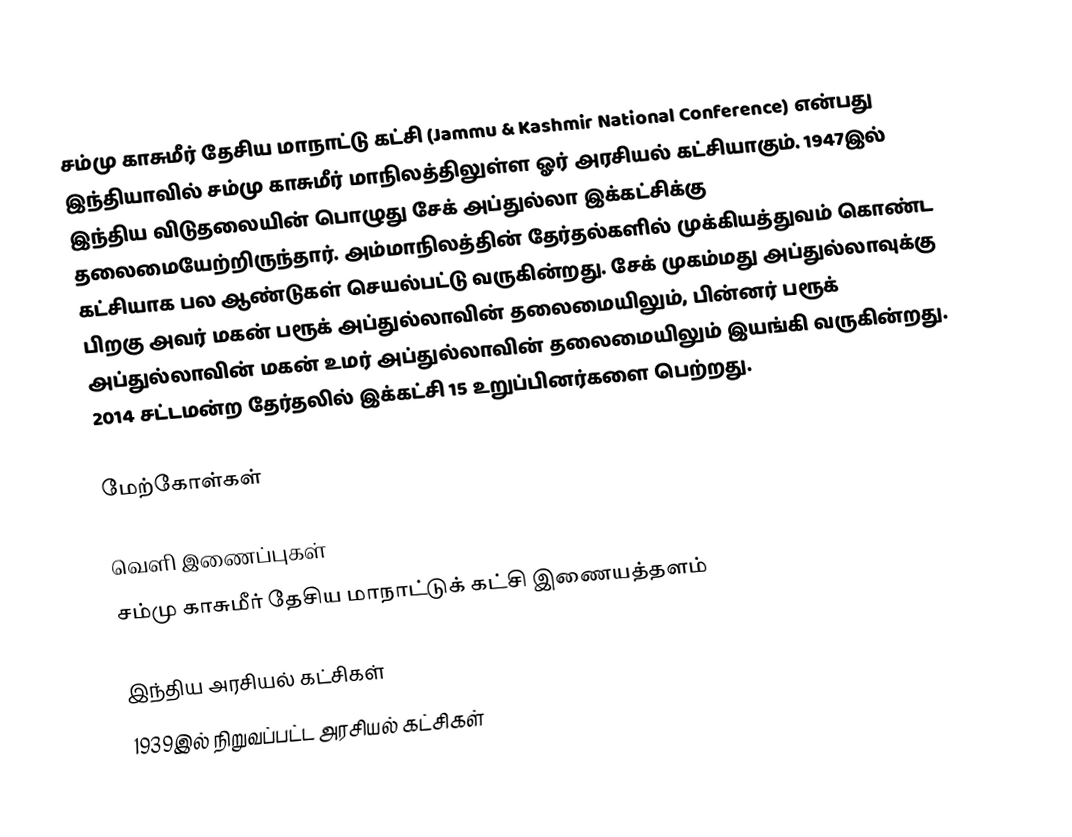
சம்மு காசுமீர் தேசிய மாநாட்டு கட்சி (Jammu & Kashmir National Conference) என்பது இந்தியாவில் சம்மு காசுமீர்  மாநிலத்திலுள்ள ஓர் அரசியல் கட்சியாகும். 1947இல் இந்திய விடுதலையின் பொழுது சேக் அப்துல்லா இக்கட்சிக்கு  தலைமையேற்றிருந்தார். அம்மாநிலத்தின் தேர்தல்களில் முக்கியத்துவம் கொண்ட கட்சியாக பல ஆண்டுகள் செயல்பட்டு வருகின்றது. சேக் முகம்மது அப்துல்லாவுக்கு பிறகு அவர் மகன் பரூக் அப்துல்லாவின் தலைமையிலும், பின்னர் பரூக் அப்துல்லாவின் மகன் உமர் அப்துல்லாவின் தலைமையிலும் இயங்கி வருகின்றது. 2014 சட்டமன்ற தேர்தலில் இக்கட்சி 15 உறுப்பினர்களை பெற்றது.

மேற்கோள்கள்

வெளி இணைப்புகள்
சம்மு காசுமீர் தேசிய மாநாட்டுக் கட்சி இணையத்தளம்

இந்திய அரசியல் கட்சிகள்
1939இல் நிறுவப்பட்ட அரசியல் கட்சிகள்